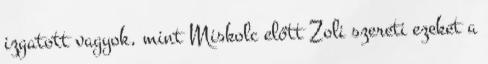
izgatott vagyok, mint Miskolc előtt Zoli szereti ezeket a